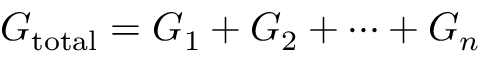
G _ { \mathrm { t o t a l } } = G _ { 1 } + G _ { 2 } + \cdots + G _ { n }